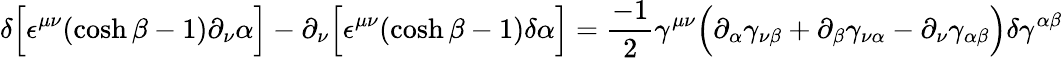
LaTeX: \delta\Bigl[\epsilon^{\mu\nu}(\cosh\beta-1)\partial_{\nu}\alpha\Bigr]-\partial_{\nu}\Bigl[\epsilon^{\mu\nu}(\cosh\beta-1)\delta\alpha\Bigr]=\frac{-1}{2}\gamma^{\mu\nu}\Bigl(\partial_{\alpha}\gamma_{\nu\beta}+\partial_{\beta}\gamma_{\nu\alpha}-\partial_{\nu}\gamma_{\alpha\beta}\Bigr)\delta\gamma^{\alpha\beta}